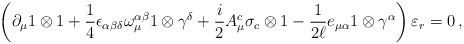
\begin{align*}\left( \partial_\mu 1\otimes 1 +\frac{1}{4} \epsilon_{\alpha \beta \delta }\omega^{\alpha \beta}_{\mu} 1\otimes \gamma^{\delta} +\frac{i}{2} A^{c}_{\mu} \sigma_c \otimes 1 - \frac{1}{2\ell} e_{\mu\alpha}1\otimes \gamma^{\alpha} \right) \varepsilon_r = 0 \, , \end{align*}